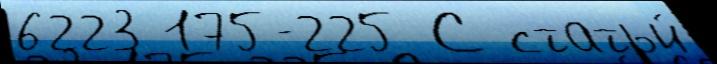
6223 175-225 С статьи́